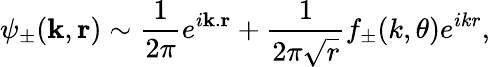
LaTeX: \psi_{\pm}(\mathbf{k},\mathbf{r})\sim\frac{1}{2\pi}e^{i\mathbf{k}.\mathbf{r}}+\frac{1}{2\pi\sqrt{r}}f_{\pm}(k,\theta)e^{ikr},